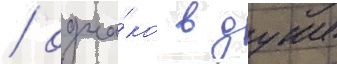
/ одна́ко в душе